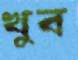
খুব